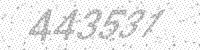
Solution: 443531